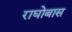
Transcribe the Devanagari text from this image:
राघोबास